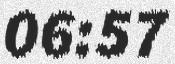
06:57